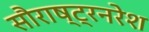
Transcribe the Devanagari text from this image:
सौराष्ट्रनरेश